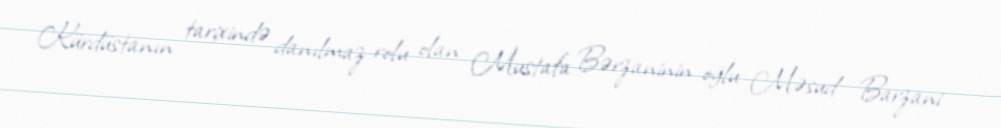
Kürdüstanın tarixində danılmaz rolu olan Mustafa Bərzaninin oğlu Məsud Barzani